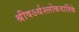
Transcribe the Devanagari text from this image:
श्रीषऽर्थश्लोकवार्तिके